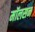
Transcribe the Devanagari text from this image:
मॉलसन